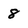
Character: 8